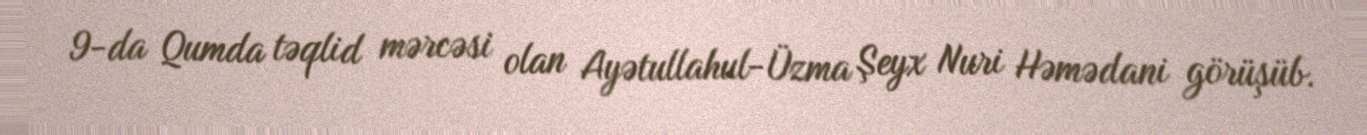
9-da Qumda təqlid mərcəsi olan Ayətullahul-Üzma Şeyx Nuri Həmədani görüşüb.